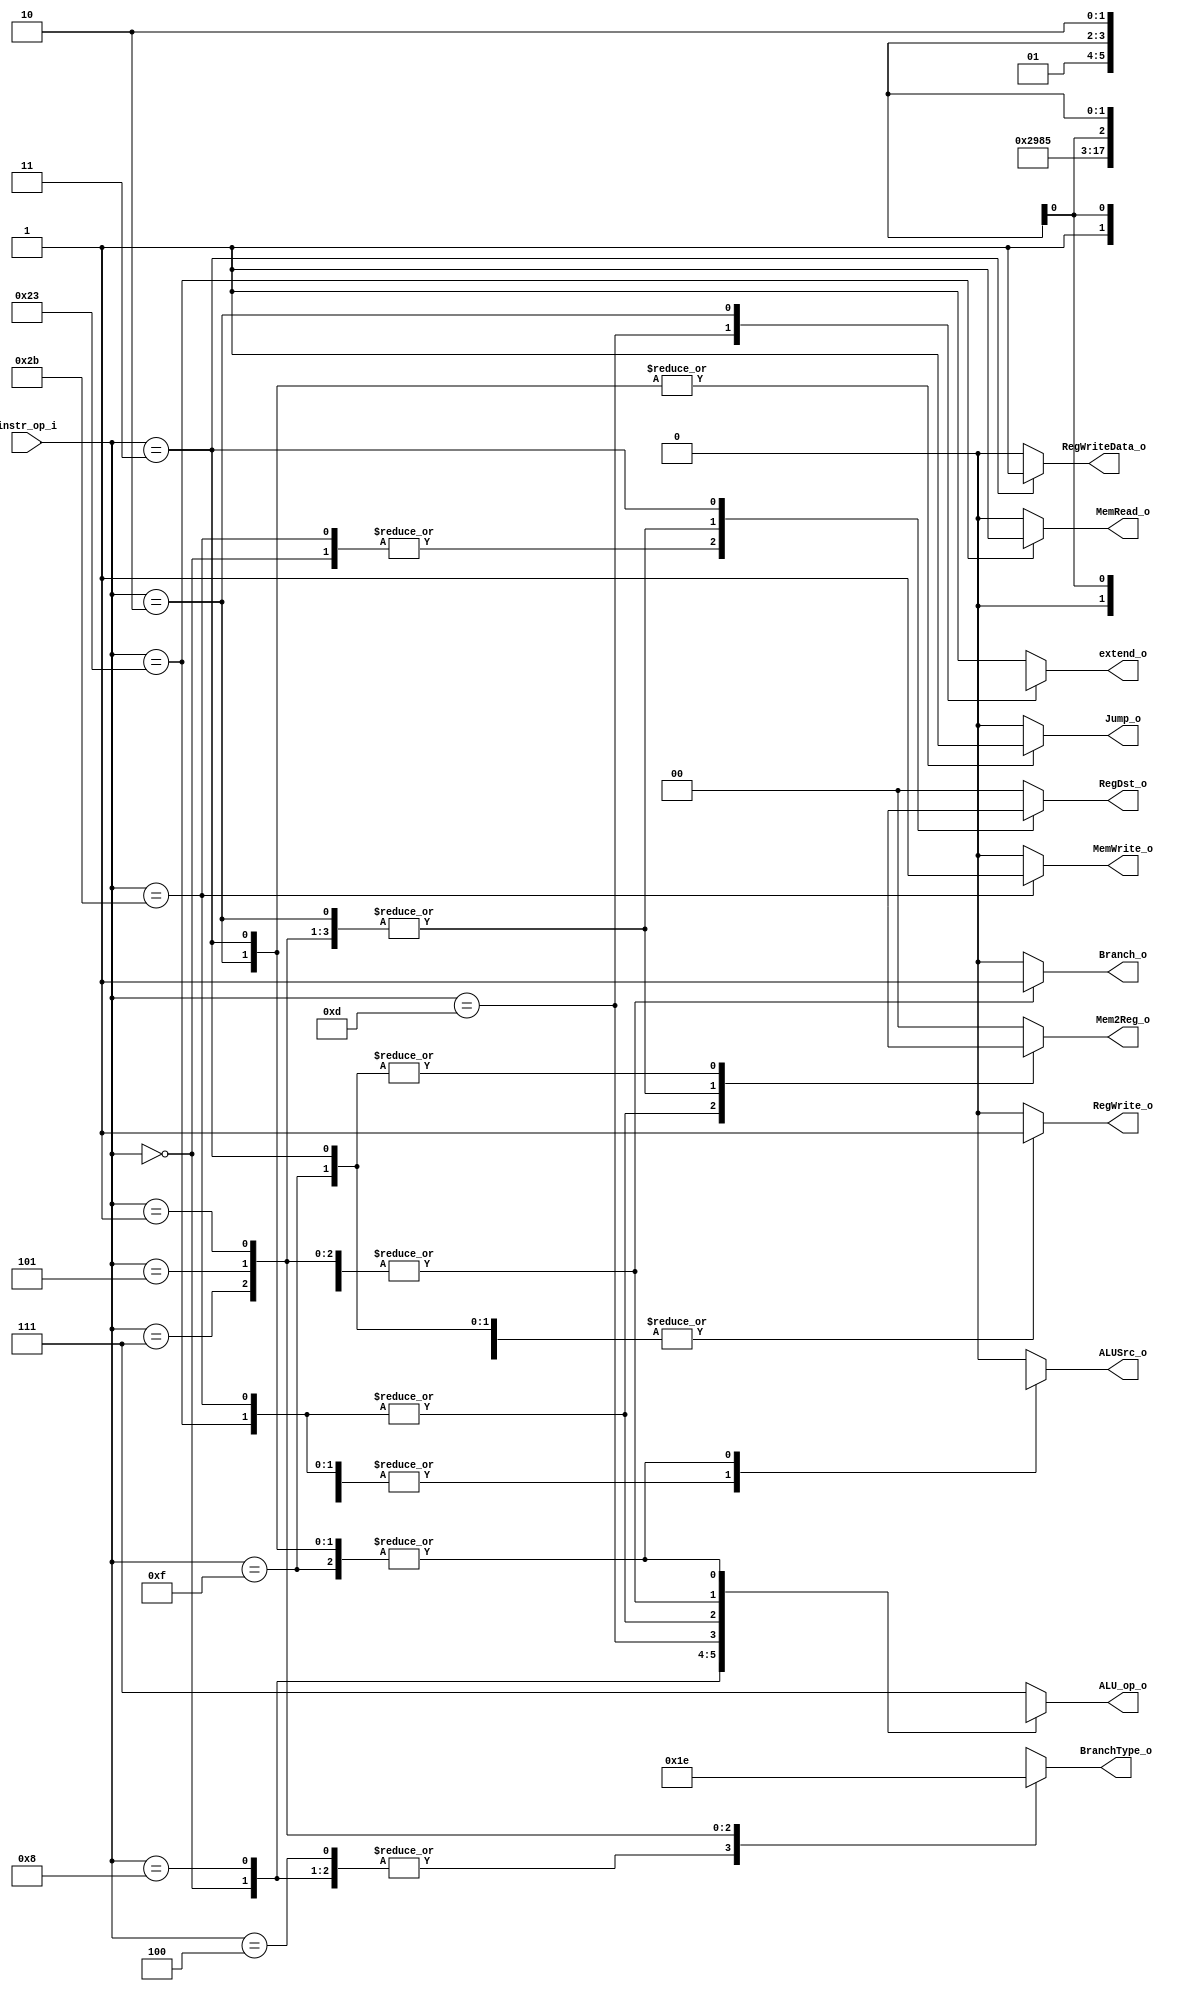
//Student ID: 0016311
//Subject:     CO project 2 - Decoder
//--------------------------------------------------------------------------------
//Version:     1
//--------------------------------------------------------------------------------
//Writer:      Luke
//----------------------------------------------
//----------------------------------------------
//Description: 
//--------------------------------------------------------------------------------

module Decoder(
	instr_op_i,
	RegWrite_o,
	ALU_op_o,
	ALUSrc_o,
	RegDst_o,
	Branch_o,
	extend_o,
	
	Mem2Reg_o,
	BranchType_o,
	Jump_o,
	MemRead_o,
	MemWrite_o,
	RegWriteData_o
	);
     
//I/O ports
input  [6-1:0] instr_op_i;

output         RegWrite_o;
output [3-1:0] ALU_op_o;
output         ALUSrc_o;
output [1:0]   RegDst_o;
output         Branch_o;
output			extend_o;

output [1:0]	Mem2Reg_o;
output [1:0]	BranchType_o;
output			Jump_o;
output			MemRead_o;
output			MemWrite_o;
output			RegWriteData_o;
//Internal Signals
reg    [3-1:0] ALU_op_o;
reg            ALUSrc_o;
reg            RegWrite_o;
reg    [1:0]   RegDst_o;
reg            Branch_o;
reg				extend_o;

reg	 [1:0]	Mem2Reg_o;
reg 	 [1:0]	BranchType_o;
reg				Jump_o;
reg				MemRead_o;
reg				MemWrite_o;
reg				RegWriteData_o;
//Parameter


//Main function
always @(*)
begin
	case (instr_op_i)
	6'b000000:			//R-type
	begin
		ALU_op_o <= 3'b010;
		ALUSrc_o <= 0;
		RegWrite_o <= 1;
		RegDst_o <= 2'b01;
		Branch_o <= 0;
		extend_o <= 1;
		
		Mem2Reg_o 		<= 2'b00;
		BranchType_o	<= 2'b00;
		Jump_o 			<= 1'b0;
		MemRead_o 		<= 1'b0;
		MemWrite_o 		<= 1'b0;
		RegWriteData_o	<= 1'b0;
	end
	6'b001000:			//add immediate
	begin
		ALU_op_o <= 3'b100;
		ALUSrc_o <= 1;
		RegWrite_o <= 1;
		RegDst_o <= 2'b00;
		Branch_o <= 0;
		extend_o <= 1;
		
		Mem2Reg_o 		<= 2'b00;
		BranchType_o	<= 2'b00;
		Jump_o 			<= 1'b0;
		MemRead_o 		<= 1'b0;
		MemWrite_o 		<= 1'b0;
		RegWriteData_o	<= 1'b0;
	end
	6'b000100:			//Branch on Equal  beq
	begin
		ALU_op_o <= 3'b101;
		ALUSrc_o <= 0;
		RegWrite_o <= 0;
		RegDst_o <= 2'b00;
		Branch_o <= 1;
		extend_o <= 1;
		
		Mem2Reg_o 		<= 2'b00;
		BranchType_o	<= 2'b00;
		Jump_o 			<= 1'b0;
		MemRead_o 		<= 1'b0;
		MemWrite_o 		<= 1'b0;
		RegWriteData_o	<= 1'b0;		
	end
	6'b001101:			//OR immedicate
	begin
		ALU_op_o <= 3'b110;
		ALUSrc_o <= 1;
		RegWrite_o <= 1;
		RegDst_o <= 2'b00;
		Branch_o <= 0;
		extend_o <= 0;
		
		Mem2Reg_o 		<= 2'b00;
		BranchType_o	<= 2'bxx;
		Jump_o 			<= 1'b0;
		MemRead_o 		<= 1'b0;
		MemWrite_o 		<= 1'b0;
		RegWriteData_o	<= 1'b0;
	end
	6'b100011:			//lw
	begin
		ALU_op_o <= 3'b000;
		ALUSrc_o <= 1;
		RegWrite_o <= 1;
		RegDst_o <= 2'b00;
		Branch_o <= 0;
		extend_o <= 1;
		
		Mem2Reg_o 		<= 2'b01;
		BranchType_o	<= 2'bxx;
		Jump_o 			<= 1'b0;
		MemRead_o 		<= 1'b1;
		MemWrite_o 		<= 1'b0;
		RegWriteData_o	<= 1'b0;		
	end
	6'b101011:			//sw		Mem[rs+imm] = Reg[rt]
	begin
		ALU_op_o <= 3'b000;
		ALUSrc_o <= 1;
		RegWrite_o <= 0;
		RegDst_o <= 2'b01;
		Branch_o <= 0;
		extend_o <= 1;
		
		Mem2Reg_o 		<= 2'b01;
		BranchType_o	<= 2'bxx;
		Jump_o 			<= 1'b0;
		MemRead_o 		<= 1'b0;
		MemWrite_o 		<= 1'b1;
		RegWriteData_o	<= 1'b0;		
	end		
	6'b000010:			//jump
	begin
		ALU_op_o <= 3'bxxx;
		ALUSrc_o <= 1'bx;
		RegWrite_o <= 1'b0;
		RegDst_o <= 2'bxx;
		Branch_o <= 1'b0;
		extend_o <= 1'bx;
		
		Mem2Reg_o 		<= 2'bxx;
		BranchType_o	<= 2'bxx;
		Jump_o 			<= 1'b1;
		MemRead_o 		<= 1'b0;
		MemWrite_o 		<= 1'b0;
		RegWriteData_o	<= 1'b0;		
	end
	6'b000111:			//bgt
	begin
		ALU_op_o <= 3'b101;
		ALUSrc_o <= 1'b0;
		RegWrite_o <= 1'b0;
		RegDst_o <= 2'bxx;
		Branch_o <= 1'b1;
		extend_o <= 1'b1;
		
		Mem2Reg_o 		<= 2'bxx;
		BranchType_o	<= 2'b01;
		Jump_o 			<= 1'b0;
		MemRead_o 		<= 1'b0;
		MemWrite_o 		<= 1'b0;
		RegWriteData_o	<= 1'b0;		
	end		
	6'b000101:			//bnez
	begin
		ALU_op_o <= 3'b101;
		ALUSrc_o <= 1'b0;
		RegWrite_o <= 1'b0;
		RegDst_o <= 2'bxx;
		Branch_o <= 1'b1;
		extend_o <= 1'b1;
		
		Mem2Reg_o 		<= 2'bxx;
		BranchType_o	<= 2'b11;
		Jump_o 			<= 1'b0;
		MemRead_o 		<= 1'b0;
		MemWrite_o 		<= 1'b0;
		RegWriteData_o	<= 1'b0;		
	end	
	6'b000001:			//bgez
	begin
		ALU_op_o <= 3'b101;
		ALUSrc_o <= 1'b0;
		RegWrite_o <= 1'b0;
		RegDst_o <= 2'bxx;
		Branch_o <= 1'b1;
		extend_o <= 1'b1;
		
		Mem2Reg_o 		<= 2'bxx;
		BranchType_o	<= 2'b10;
		Jump_o 			<= 1'b0;
		MemRead_o 		<= 1'b0;
		MemWrite_o 		<= 1'b0;
		RegWriteData_o	<= 1'b0;		
	end	
	6'b001111:			//lui
	begin
		ALU_op_o <= 3'bxxx;
		ALUSrc_o <= 1'bx;
		RegWrite_o <= 1'b1;
		RegDst_o <= 2'b00;
		Branch_o <= 1'b0;
		extend_o <= 1'b1;
		
		Mem2Reg_o 		<= 2'b10;
		BranchType_o	<= 2'bxx;
		Jump_o 			<= 1'b0;
		MemRead_o 		<= 1'b0;
		MemWrite_o 		<= 1'b0;
		RegWriteData_o	<= 1'b0;		
	end
	6'b000011:			//jal jump and link
	begin
		ALU_op_o <= 3'bxxx;
		ALUSrc_o <= 1'bx;
		RegWrite_o <= 1'b1;
		RegDst_o <= 2'b10;
		Branch_o <= 1'b0;
		extend_o <= 1'b1;
		
		Mem2Reg_o 		<= 2'b10;
		BranchType_o	<= 2'bxx;
		Jump_o 			<= 1'b1;
		MemRead_o 		<= 1'b0;
		MemWrite_o 		<= 1'b0;
		RegWriteData_o	<= 1'b1;		
	end		
	default:
	begin
		ALU_op_o <= 3'b111;
		ALUSrc_o <= 0;
		RegWrite_o <= 0;
		RegDst_o <= 2'b00;
		Branch_o <= 0;
		extend_o <= 1;
		
		Mem2Reg_o 		<= 2'b00;
		BranchType_o	<= 2'bxx;
		Jump_o 			<= 1'b0;
		MemRead_o 		<= 1'b0;
		MemWrite_o 		<= 1'b0;
		RegWriteData_o	<= 1'b0;		
	end
	endcase
end
endmodule